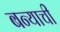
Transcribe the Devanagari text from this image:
बन्याची